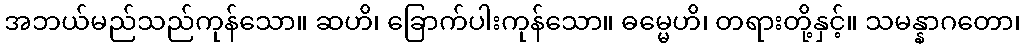
အဘယ်မည်သည်ကုန်သော။ ဆဟိ၊ ခြောက်ပါးကုန်သော။ ဓမ္မေဟိ၊ တရားတို့နှင့်။ သမန္နာဂတော၊